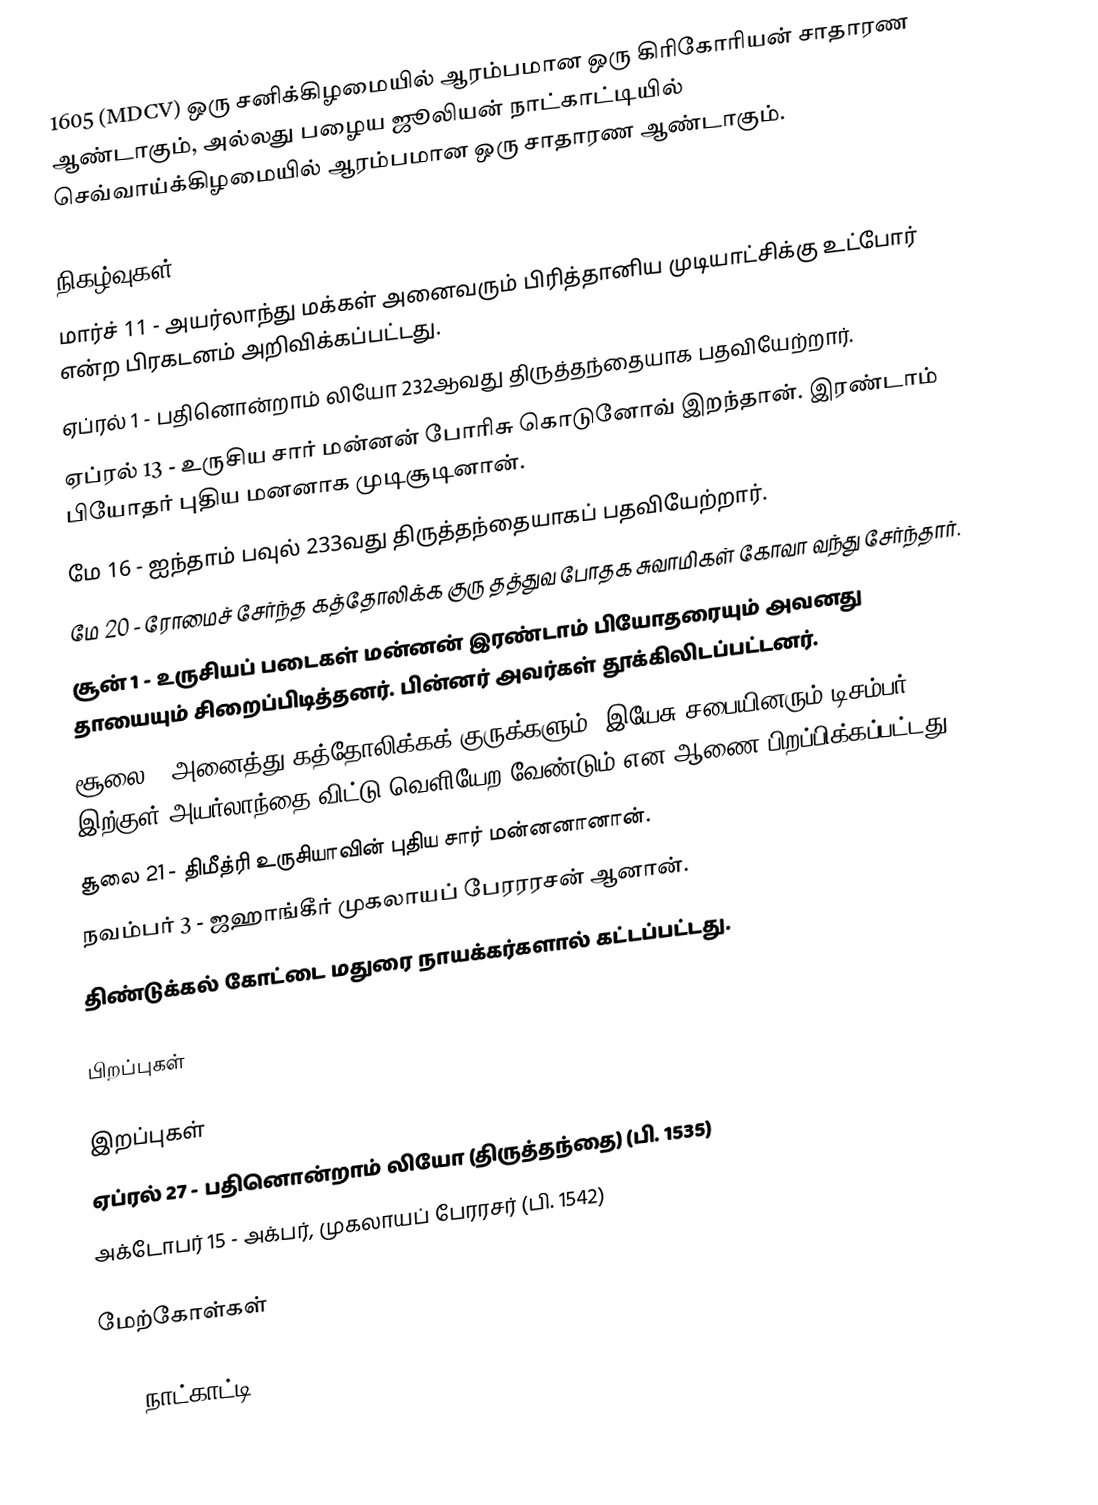
1605 (MDCV) ஒரு சனிக்கிழமையில் ஆரம்பமான ஒரு கிரிகோரியன் சாதாரண ஆண்டாகும், அல்லது பழைய ஜூலியன் நாட்காட்டியில் செவ்வாய்க்கிழமையில் ஆரம்பமான ஒரு சாதாரண ஆண்டாகும்.

நிகழ்வுகள்
 மார்ச் 11 - அயர்லாந்து மக்கள் அனைவரும் பிரித்தானிய முடியாட்சிக்கு உட்போர் என்ற பிரகடனம் அறிவிக்கப்பட்டது.
 ஏப்ரல் 1 - பதினொன்றாம் லியோ 232ஆவது திருத்தந்தையாக பதவியேற்றார்.
 ஏப்ரல் 13 - உருசிய சார் மன்னன் போரிசு கொடுனோவ் இறந்தான். இரண்டாம் பியோதர் புதிய மனனாக முடிசூடினான்.
 மே 16 - ஐந்தாம் பவுல் 233வது திருத்தந்தையாகப் பதவியேற்றார்.
 மே 20 - ரோமைச் சேர்ந்த கத்தோலிக்க குரு தத்துவ போதக சுவாமிகள் கோவா வந்து சேர்ந்தார்.
 சூன் 1 - உருசியப் படைகள் மன்னன் இரண்டாம் பியோதரையும் அவனது தாயையும் சிறைப்பிடித்தனர். பின்னர் அவர்கள் தூக்கிலிடப்பட்டனர்.
 சூலை 4 அனைத்து கத்தோலிக்கக் குருக்களும், இயேசு சபையினரும் டிசம்பர் 10 இற்குள் அயர்லாந்தை விட்டு வெளியேற வேண்டும் என ஆணை பிறப்பிக்கப்பட்டது.
 சூலை 21 - திமீத்ரி உருசியாவின் புதிய சார் மன்னனானான்.
 நவம்பர் 3 - ஜஹாங்கீர் முகலாயப் பேரரரசன் ஆனான்.
 திண்டுக்கல் கோட்டை மதுரை நாயக்கர்களால் கட்டப்பட்டது.

பிறப்புகள்

இறப்புகள்
 ஏப்ரல் 27 - பதினொன்றாம் லியோ (திருத்தந்தை) (பி. 1535)
 அக்டோபர் 15 - அக்பர், முகலாயப் பேரரசர் (பி. 1542)

மேற்கோள்கள்

1605 நாட்காட்டி